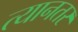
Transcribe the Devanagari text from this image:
त्यानतर